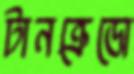
টানক্রেডো